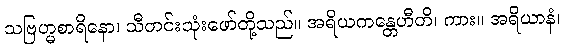
သဗြဟ္မစာရိနော၊ သီတင်းသုံးဖော်တို့သည်။ အရိယကန္တေဟီတိ၊ ကား။ အရိယာနံ၊